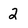
Character: 2